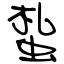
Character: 蚻